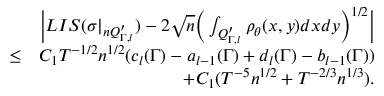
\begin{array} { r l r } & { } & { \Big | L I S ( \sigma | _ { n Q _ { \Gamma , l } ^ { \prime } } ) - 2 \sqrt { n } \Big ( \int _ { Q _ { \Gamma , l } ^ { \prime } } \rho _ { \theta } ( x , y ) d x d y \Big ) ^ { 1 \slash 2 } \Big | } \\ & { \leq } & { C _ { 1 } T ^ { - 1 \slash 2 } n ^ { 1 \slash 2 } ( c _ { l } ( \Gamma ) - a _ { l - 1 } ( \Gamma ) + d _ { l } ( \Gamma ) - b _ { l - 1 } ( \Gamma ) ) } \\ & { } & { + C _ { 1 } ( T ^ { - 5 } n ^ { 1 \slash 2 } + T ^ { - 2 \slash 3 } n ^ { 1 \slash 3 } ) . } \end{array}